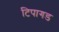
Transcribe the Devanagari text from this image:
टिपागड